Bréfritari: Sigríður Pálsdóttir
Viðtakandi: Páll Pálsson
Dagsetning: A-1857-07-02
Skrifað á: Hraungerði  Árn.
Páll var bróðir Sigríðar

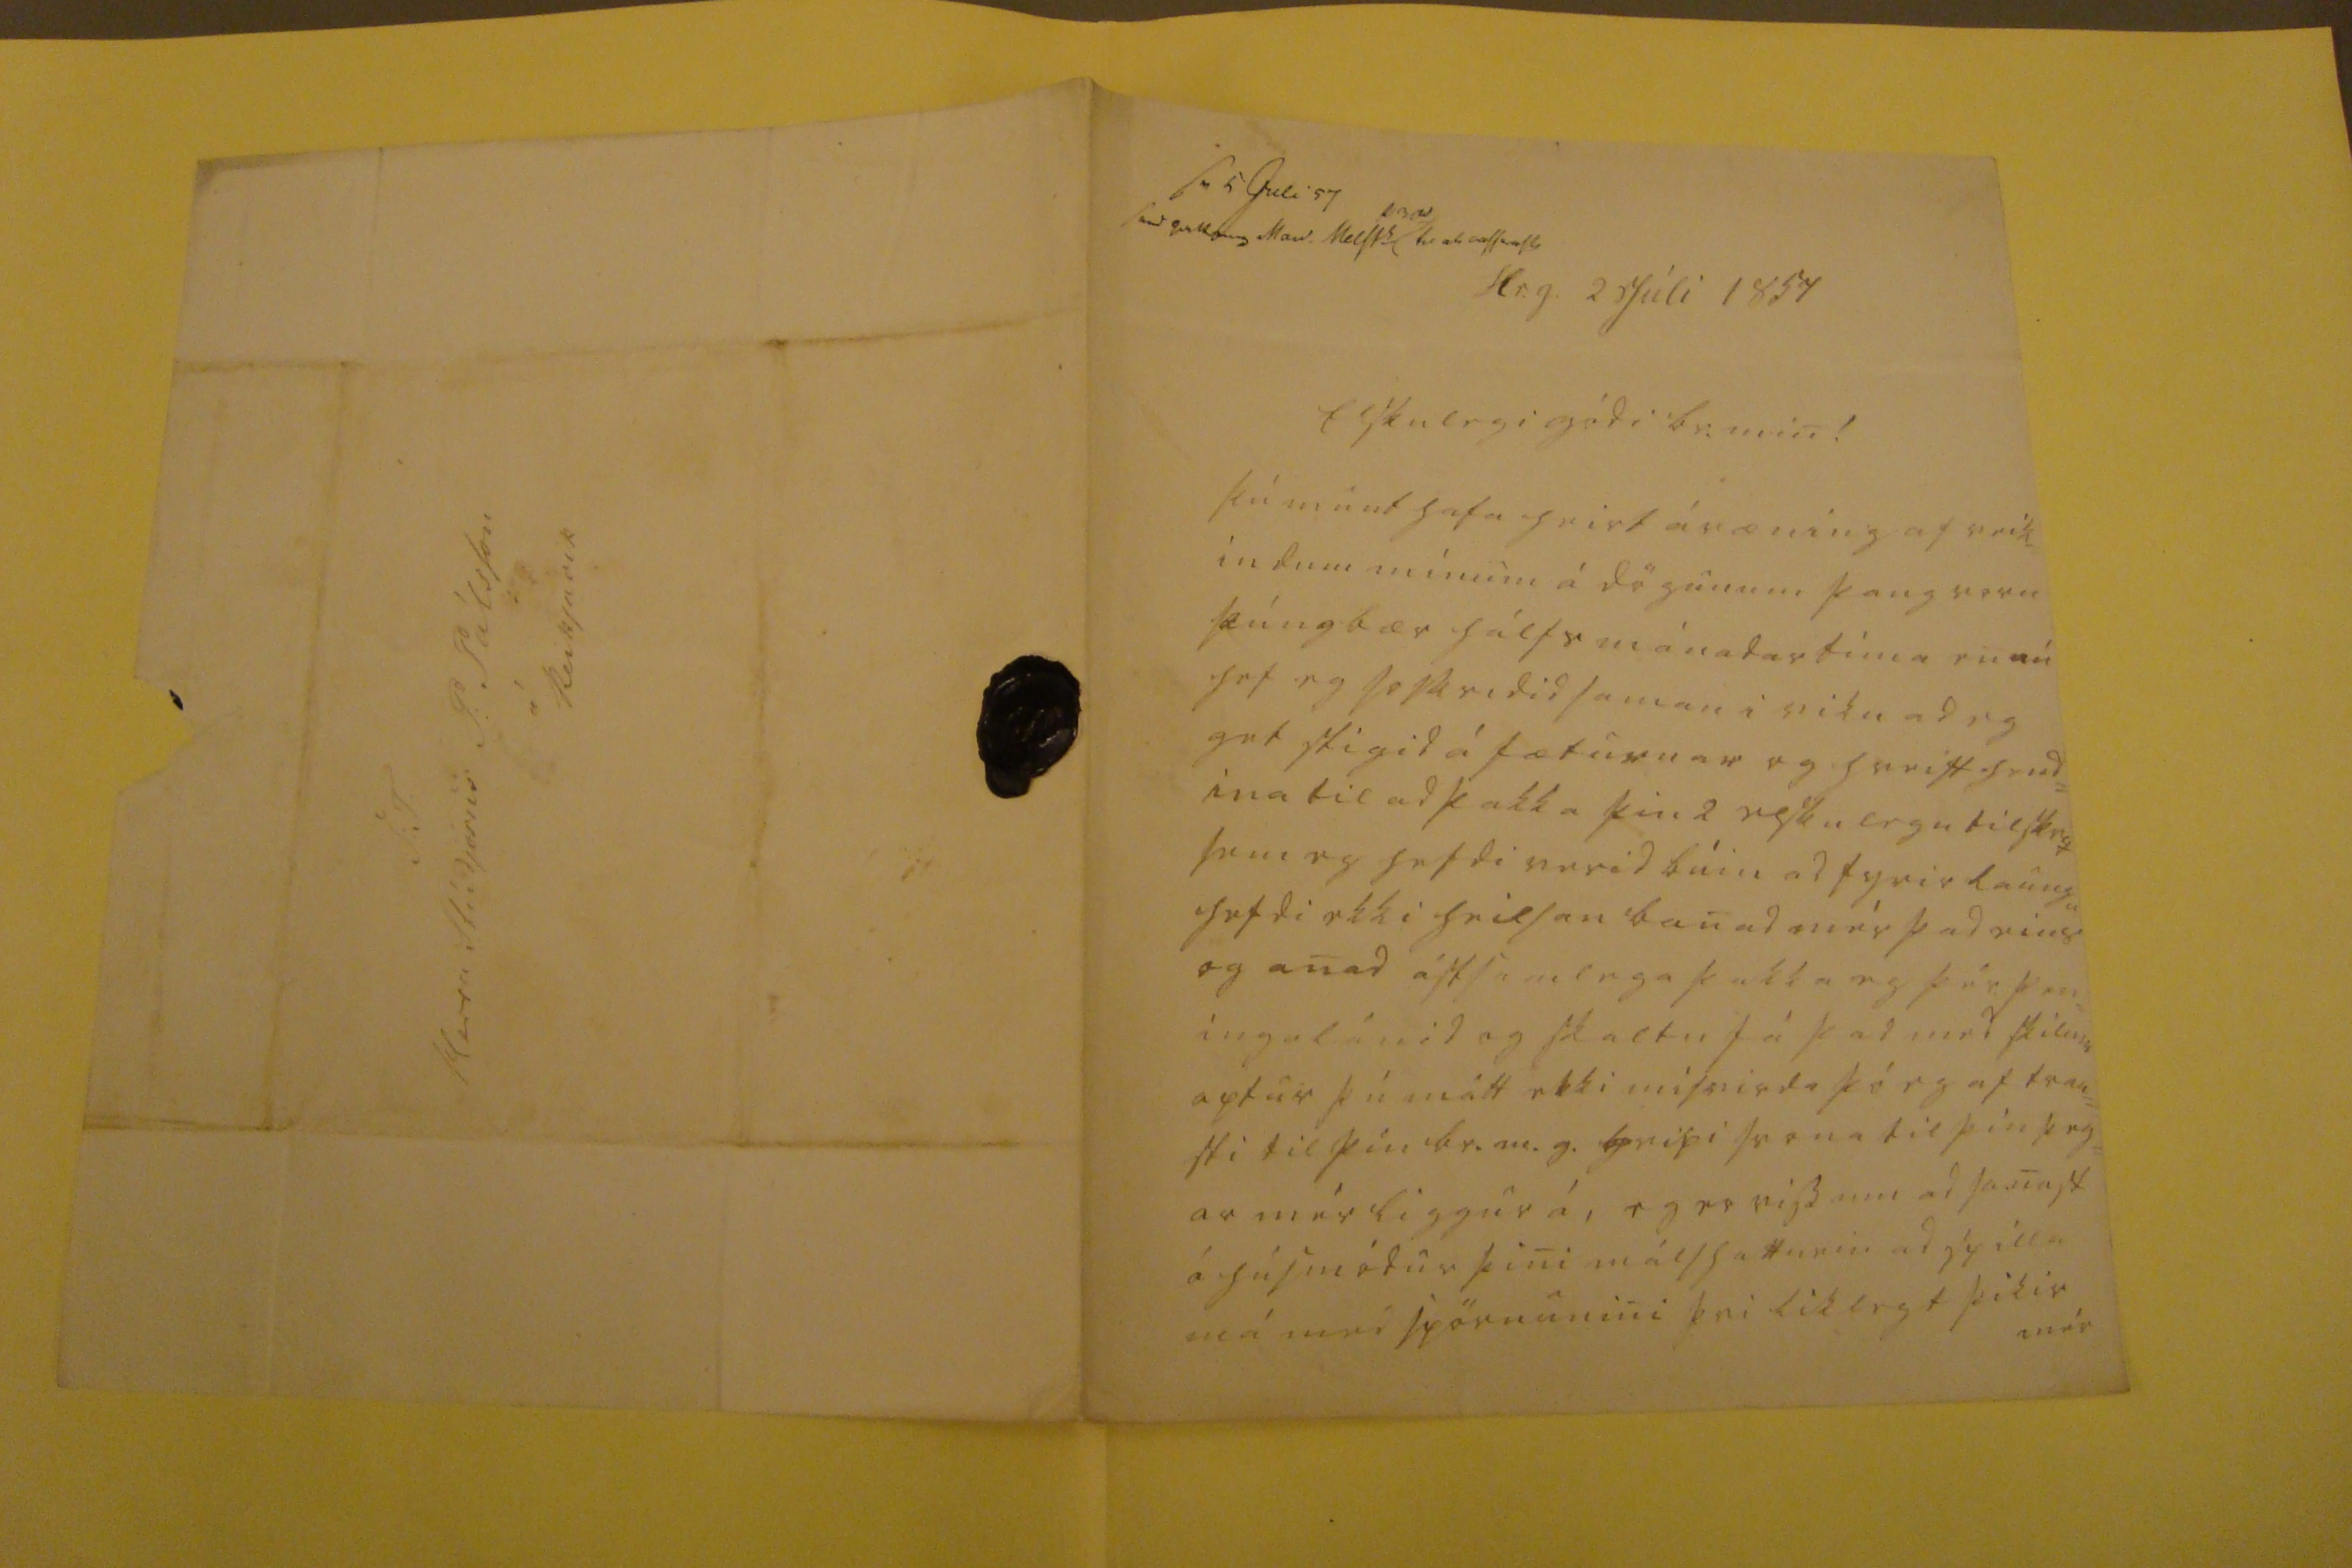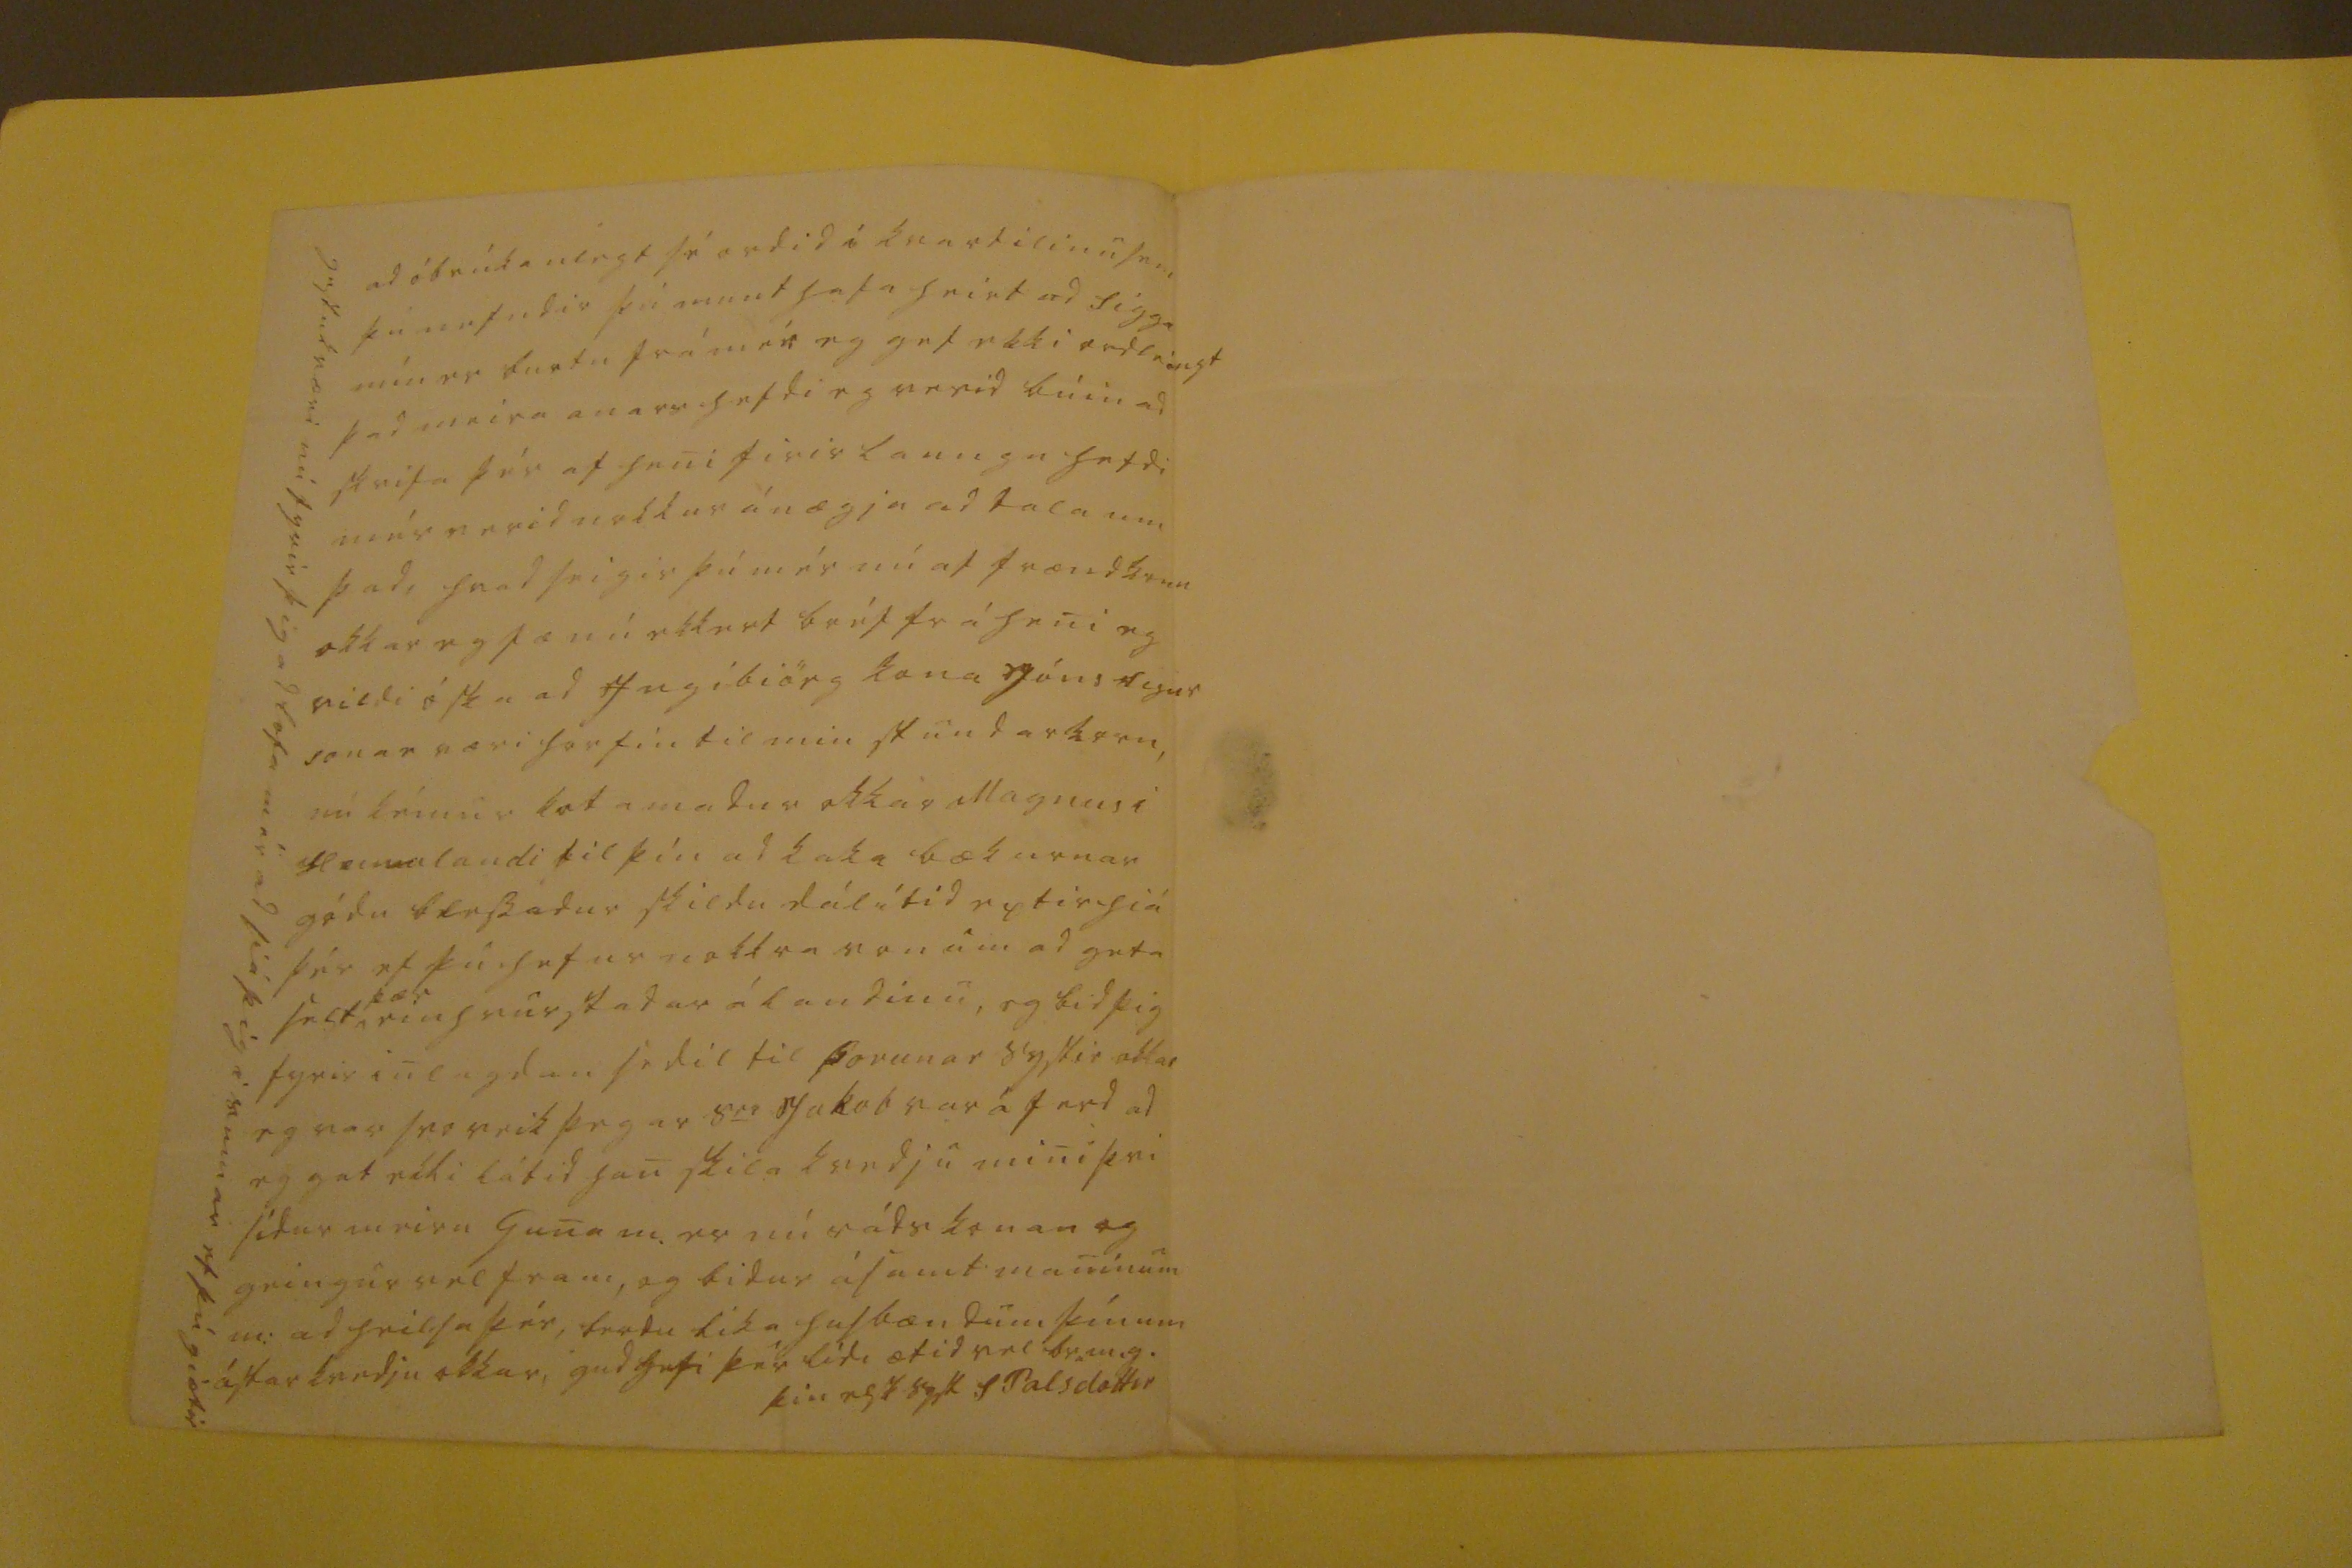

sv. 5 juli 57 send 00000 Nov. Melst
0000
00 00 00ss00sh
Hr.g. 2 Júli 1857
Elskulegi gódi br: min!
Þu munt hafa heirt ávæning af veik indum mínum á dögunum þaug voru þúngbær hálfs mánadar tíma en nú hef eg
soskridid
saman i viku ad eg get stigid á fæturnar og hreift hend= ina til ad þakka þin 2 elskulegu tilskrif sem eg hefdi verid búin ad fyrir laungu hefdi ekki heilsan banad mér þad eins og anad ástsamlega þakka eg þér pen= ingalánid og skaltu fá þad med skilum aptur þú mátt ekki misvirda þó eg af trau= sti til þín br.m.g. hripi svona til þín þeg= ar mér liggur á, eg er viss um ad sanast á húsmódur þini málshatturin ad spilla má med spörnunini þvi liklegt þikir mér
ad óbrúkanlegt sé ordid i kvartilinu sem þú nefndir þú munt hafa heirt ad Sigga mín er burtu frá mér eg get ekki ordleingt þad meira anars hefdi eg verid búin ad skrifa þér af heni firir laungu hefdi mér verid nokkur ánægja ad tala um þad, hvad seigir þú mér nú af
frændkum
okkar eg fæ nú ekkert bréf frá heni eg vildi óska ad ingibiörg kona Jóns Sigur sonar væri horfin til min stundarkorn, nú kémur
kotamadur
okkar Magnus i Heimalandi til þín ad
kaka
bækurnar gódu blessadur skildu dálítid eptir hiá þér ef þú hefur nokkra von um ad geta selt,
þær
einhvurstadar á landinu, og bid þig fyrir inlagdan sedil til Þorunar systir okkar eg var svo veik þegar s
ra
Jakob var á ferd ad eg gat ekki látid han skila kvedju mini þvi sidur meira Guna m. er nú rádskonan og geingur vel fram, og bidur ásamt maninum m: ad heilsa þér, berdu líka husbændum þínum ástarkvedju okkar, gud
gefi
þér lidi ætid vel br.m.g.
þin elsk syst
S Palsdottir
gest00 væri
nú fyrir þig ad lofa mér ad siá þig i sumar ef þú giætir
S:T. Herra Stúdjósus P: Pálsson á Reikjavik